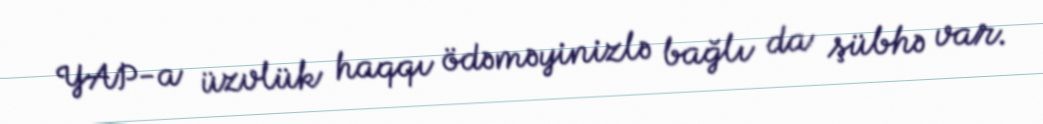
YAP-a üzvlük haqqı ödəməyinizlə bağlı da şübhə var.